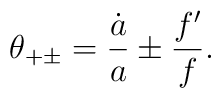
\theta_{+\pm} = {\dot{a}\over a} \pm {f'\over f}.